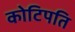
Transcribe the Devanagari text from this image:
कोटिपति